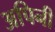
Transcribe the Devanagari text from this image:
अपिनी